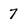
Character: 7